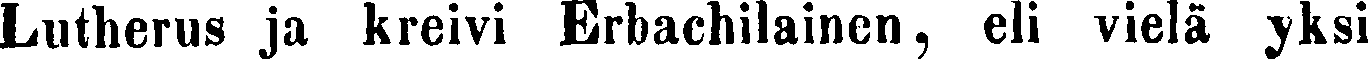
Lutherus ja kreivi Erbachilainen, eli vielä yksi